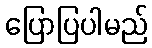
ပြောပြပါမည်